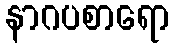
နာဂပစာရော